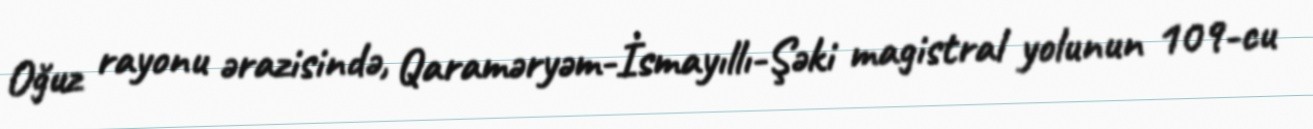
Oğuz rayonu ərazisində, Qaraməryəm-İsmayıllı-Şəki magistral yolunun 109-cu